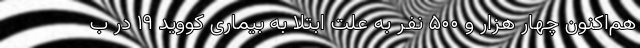
هم‌اکنون چهار هزار و ۵۰۰ نفر به علت ابتلا به بیماری کووید ۱۹ در ب